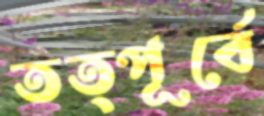
তত্পূর্বে